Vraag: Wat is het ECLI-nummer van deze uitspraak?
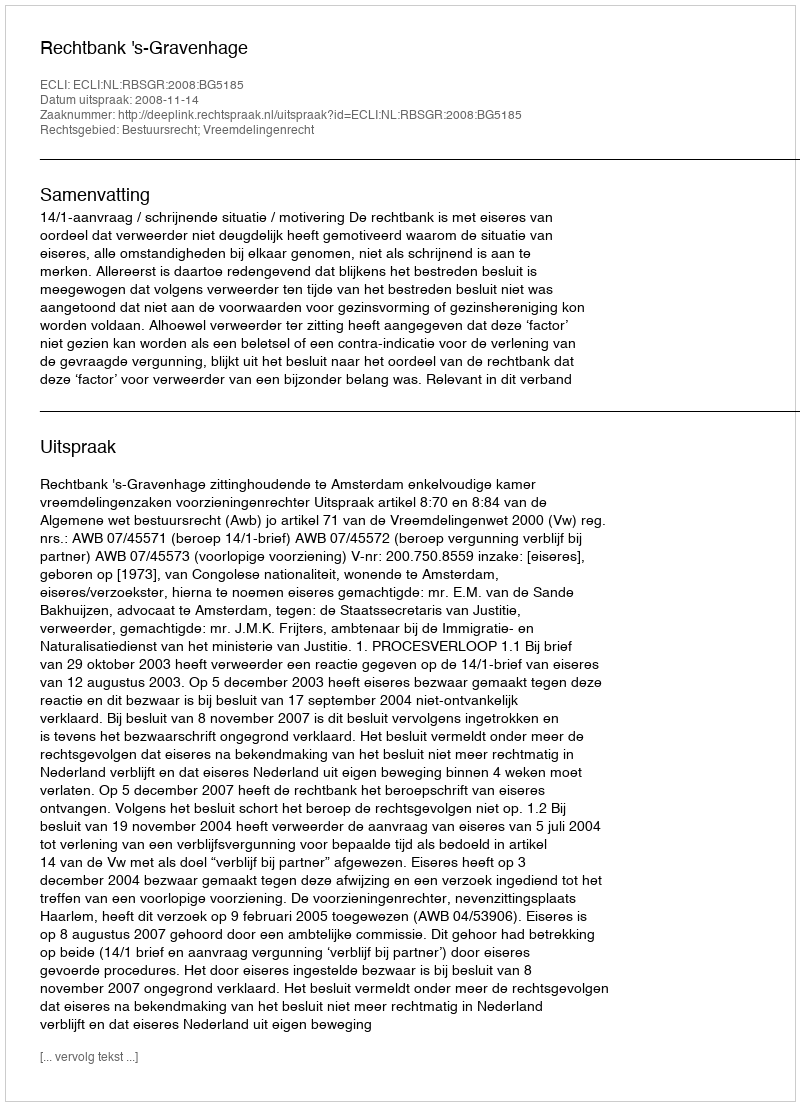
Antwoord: ECLI:NL:RBSGR:2008:BG5185